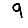
Digit: 9